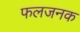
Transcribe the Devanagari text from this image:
फलजनक